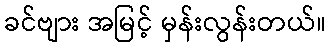
ခင်ဗျား အမြင့် မှန်းလွန်းတယ်။